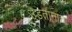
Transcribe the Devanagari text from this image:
उडतानाच